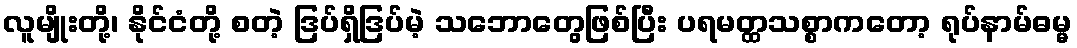
လူမျိုးတို့၊ နိုင်ငံတို့ စတဲ့ ဒြပ်ရှိဒြပ်မဲ့ သဘောတွေဖြစ်ပြီး ပရမတ္ထသစ္စာကတော့ ရုပ်နာမ်ဓမ္မ